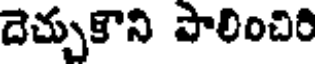
దెచ్చుకొని పాలించిరి